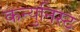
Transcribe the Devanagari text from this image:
कन्युनिस्ट